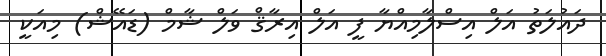
ދައުލަތު އަލް އިސްލާމިއްޔާ ފީ އަލް އިރާޤް ވަލް ޝާމް (ޑައޭޝް) މިއަކީ